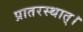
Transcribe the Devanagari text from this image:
प्रातरस्थात्।